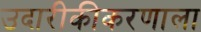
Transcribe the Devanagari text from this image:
उदारीकीकरणाला